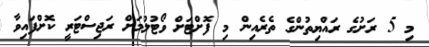
މި 5 ރަށުގެ ރައްޔިތުންގެ ތެރެއިން މި ފޮށްޓަށް ވޯޓުލުމަށް ރަޖިސްޓަރީ ކޮށްފައިވާ